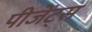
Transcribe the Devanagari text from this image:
पीजेंट्स